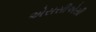
એસસીએસી